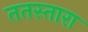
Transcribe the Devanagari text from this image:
ततस्तारा